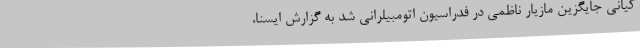
کیانی جایگزین مازیار ناظمی در فدراسیون اتومبیلرانی شد به گزارش ایسنا،